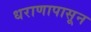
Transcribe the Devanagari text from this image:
धराणापासून